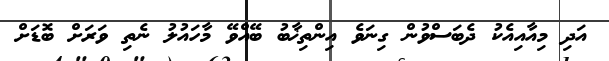
އަދި މިއާއިއެކު ދެބަސްވުން ގިނަވެ އިންތިޚާބު ބޭއްވޭ މާހައުލު ނެތި ވަރަށް ބޮޑަށް